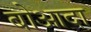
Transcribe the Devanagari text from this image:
बोआदा